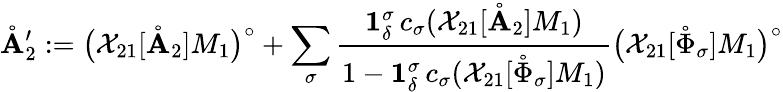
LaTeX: \mathring{\mathbf{A}}_{2}^{\prime}:=\big(\mathcal{{X}}_{21}[\mathring{\mathbf{A}}_{2}]M_{1}\big)^{\circ}+\sum_{\sigma}\frac{{\mathbf{{1}}_{\delta}^{\sigma}\, c_{\sigma}(\mathcal{{X}}_{21}[\mathring{\mathbf{A}}_{2}]M_{1})}}{{1-\mathbf{{1}}_{\delta}^{\sigma}\, c_{\sigma}(\mathcal{{X}}_{21}[\mathring{\Phi}_{\sigma}]M_{1})}}\big(\mathcal{{X}}_{21}[\mathring{\Phi}_{\sigma}]M_{1}\big)^{\circ}